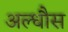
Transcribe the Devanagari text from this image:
अल्धौस